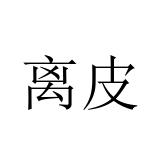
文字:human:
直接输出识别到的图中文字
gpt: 离皮